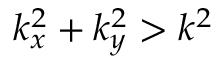
k _ { x } ^ { 2 } + k _ { y } ^ { 2 } > k ^ { 2 }